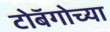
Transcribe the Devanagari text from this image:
टोबॅगोच्या